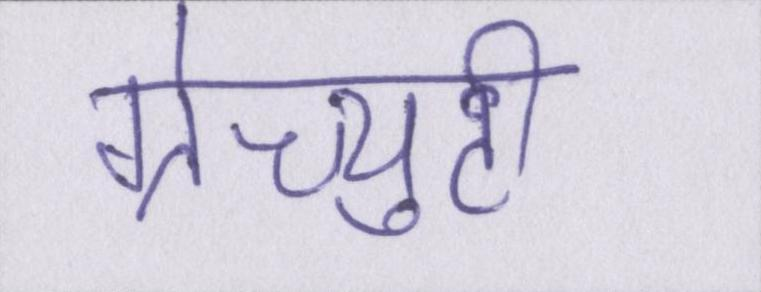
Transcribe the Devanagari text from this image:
ग्रेच्युटी